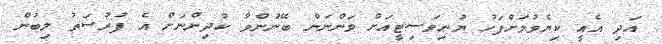
އަދި އެއީ ކިޔެވުމަށްފަހު ޔުނިވަސިޓީއަށް ވަންނަން ބޭނުންވާ ކުދިންނަށް އެ ފުރުސަތު ލިބުން